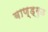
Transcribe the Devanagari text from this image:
बाण्ड्गुळ